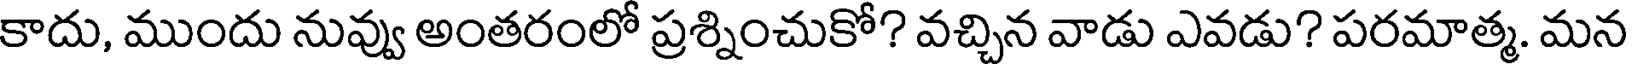
కాదు, ముందు నువ్వు అంతరంలో ప్రశ్నించుకో? వచ్చిన వాడు ఎవడు? పరమాత్మ. మన